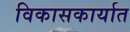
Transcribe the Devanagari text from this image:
विकासकार्यात